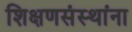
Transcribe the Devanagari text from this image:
शिक्षणसंस्थांना